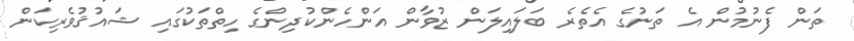
ތަން ފެނުމުން އެ ތަނުގެ އެތެރެ ބަލައިލަން ޒުވާން އަންހެންކުދިންގެ ހިތްތަކުގައި ޝައުޤުވެރިކަން